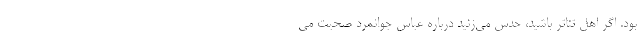
بود. اگر اهل تئاتر باشید، حدس می‌زنید درباره عباس جوانمرد صحبت می